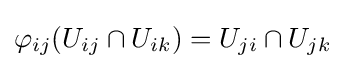
\varphi _{ij}(U_{ij}\cap U_{ik})=U_{ji}\cap U_{jk}